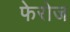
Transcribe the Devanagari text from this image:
फेरोज